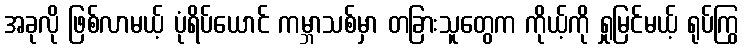
အခုလို ဖြစ်လာမယ့် ပုံရိပ်ယောင် ကမ္ဘာသစ်မှာ တခြားသူတွေက ကိုယ့်ကို ရှုမြင်မယ့် ရုပ်ကြွ